Vital statistics of India. Vol. VI, European troops 1870-79
Year: 1870
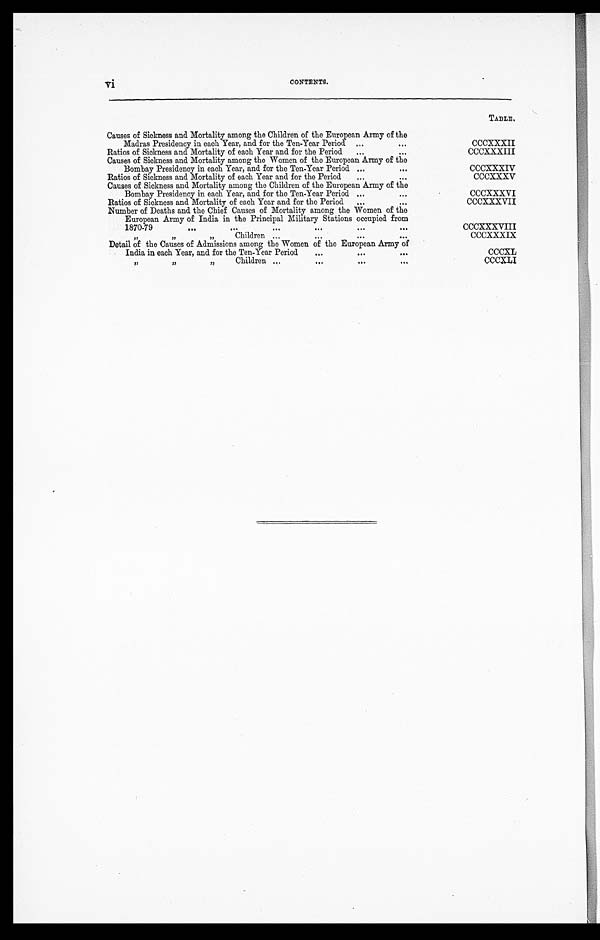
TABLE.
Causes of Sickness and Mortality among the Children of the European Army of the
Madras Presidency in each Year, and for the Ten-Year Period ...
...
CCCXXXII
Ratios of Sickness and Mortality of each Year and for the Period ...
...
C C C X X X I I I
Causes of Sickness and Mortality among the Women of the European Army of the
Bombay Presidency in each Year, and for the Ten-Year Period ...
. . .
CCCXXXIV
Ratios of Sickness and Mortality of each Year and for the Period
...
. . .
CCCXXXV
Causes of Sickness and Mortality among the Children of the European Army of the
Bombay Presidency in each Year, and for the Ten-Year Period ...
. . .
CCCXXXVI
Ratios of Sickness and Mortality of each Year and for the Period
...
. . .
CCCXXXVII
Number of Deaths and the Chief Causes of Mortality among the Women of the
European Army of India in the Principal Military Stations occupied from
1870-79
... ...
. . . . . . . . . . . .
CCCXXXVIII
„ „ „ C h i l d r e n . . . . . . . . . . . .
CCCXXXIX
Detail of the Causes of Admissions among the Women of the European Army of
India in each Year, and for the Ten-Year Period
... ... ...
CCCXL
„
„
„ Children ...
...
...
...
CCCXLI